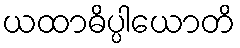
ယထာဓိပ္ပါယောတိ